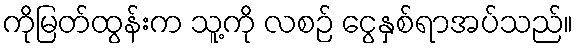
ကိုမြတ်ထွန်းက သူ့ကို လစဉ် ငွေနှစ်ရာအပ်သည်။